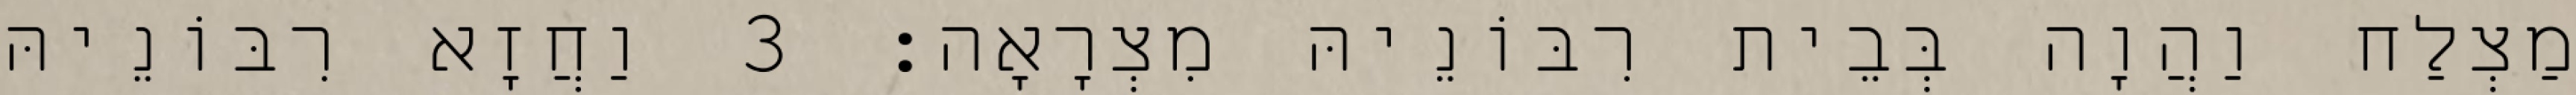
מַצְלַח וַהֲוָה בְּבֵית רִבּוֹנֵיהּ מִצְרָאָה׃ 3 וַחֲזָא רִבּוֹנֵיהּ